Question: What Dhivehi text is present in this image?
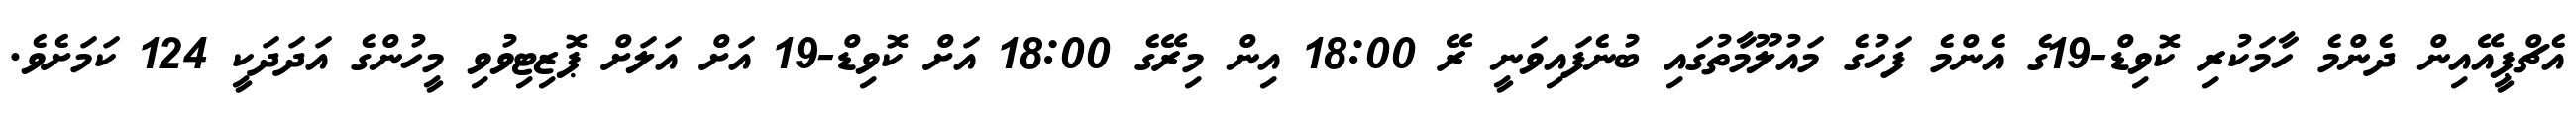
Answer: އެޗްޕީއޭއިން ދެންމެ ހާމަކުރި ކޮވިޑް-19ގެ އެންމެ ފަހުގެ މައުލޫމާތުގައި ބުނެފައިވަނީ ރޭ 18:00 އިން މިރޭގެ 18:00 އަށް ކޮވިޑް-19 އަށް އަލަށް ޕޮޒިޓިވުވި މީހުންގެ އަދަދަކީ 124 ކަމަށެވެ.